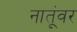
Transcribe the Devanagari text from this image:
नातूंवर